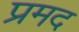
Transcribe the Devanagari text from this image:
प्रमद